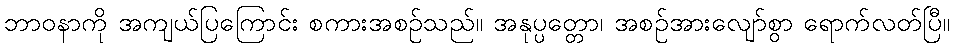
ဘာဝနာကို အကျယ်ပြကြောင်း စကားအစဉ်သည်။ အနုပ္ပတ္တော၊ အစဉ်အားလျော်စွာ ရောက်လတ်ပြီ။